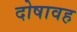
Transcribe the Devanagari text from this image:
दोषावह